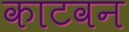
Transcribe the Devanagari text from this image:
काटवन